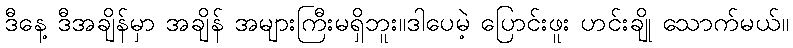
ဒီနေ့ ဒီအချိန်မှာ အချိန် အများကြီးမရှိဘူး။ဒါပေမဲ့ ပြောင်းဖူး ဟင်းချို သောက်မယ်။